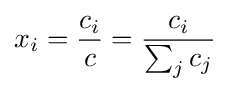
x_{i}={\frac {c_{i}}{c}}={\frac {c_{i}}{\sum _{j}c_{j}}}